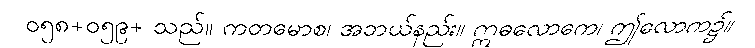
ဝ၅၈+၀၅၉+ သည်။ ကတမောစ၊ အဘယ်နည်း။ ဣဓလောကေ၊ ဤလောက၌။